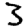
Digit: 3